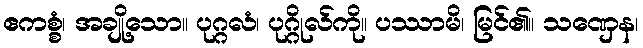
ဧကစ္စံ၊ အချို့သော။ ပုဂ္ဂလံ၊ ပုဂ္ဂိုလ်ကို။ ပဿာမိ၊ မြင်၏။ သဏှေန၊